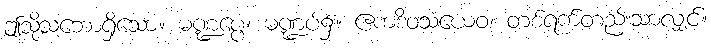
ဤသို့သဘောရှိသော။ မဏ္ဍပ္ပေ၊ မဏ္ဍပ်၌။ ဧကဒိဝသံယေဝ၊ တစ်ရက်တည်းသာလျှင်။